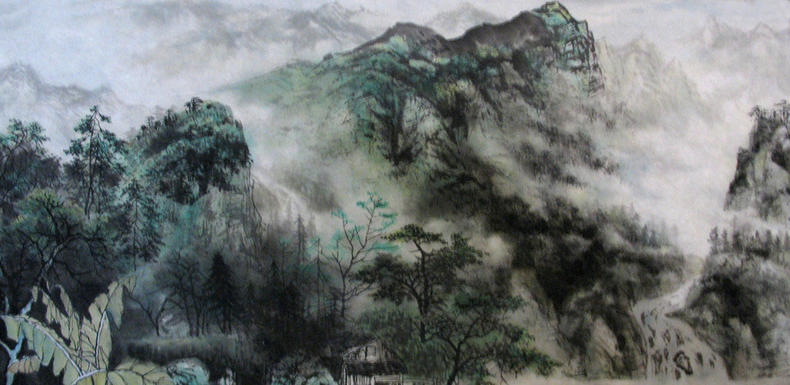
待约个梅魂，黄昏月淡，与伊深怜低语。